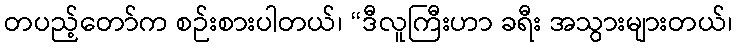
တပည့်တော်က စဉ်းစားပါတယ်၊ “ဒီလူကြီးဟာ ခရီး အသွားများတယ်၊